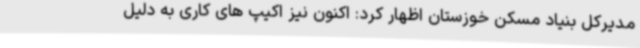
مدیرکل بنیاد مسکن خوزستان اظهار کرد: اکنون نیز اکیپ های کاری به دلیل